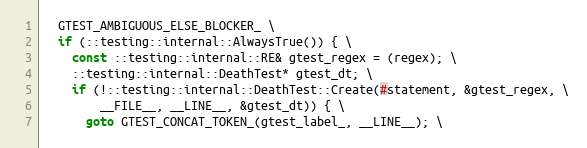
Language: C
  GTEST_AMBIGUOUS_ELSE_BLOCKER_ \
  if (::testing::internal::AlwaysTrue()) { \
    const ::testing::internal::RE& gtest_regex = (regex); \
    ::testing::internal::DeathTest* gtest_dt; \
    if (!::testing::internal::DeathTest::Create(#statement, &gtest_regex, \
        __FILE__, __LINE__, &gtest_dt)) { \
      goto GTEST_CONCAT_TOKEN_(gtest_label_, __LINE__); \